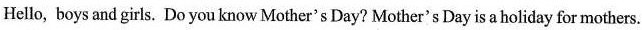
Hello, boys and girls. Do you know Mother's Day? Mother's Day is a holiday for mothers.